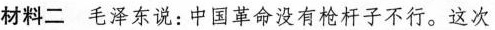
材料二毛泽东说：中国革命没有枪杆子不行。这次